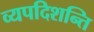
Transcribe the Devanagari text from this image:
व्यपदिशन्ति